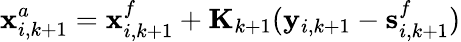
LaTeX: \mathbf{x}_{i,k+1}^{a}=\mathbf{x}_{i,k+1}^{f}+\mathbf{K}_{k+1}(\mathbf{y}_{i,k+1}-\mathbf{s}_{i,k+1}^{f})